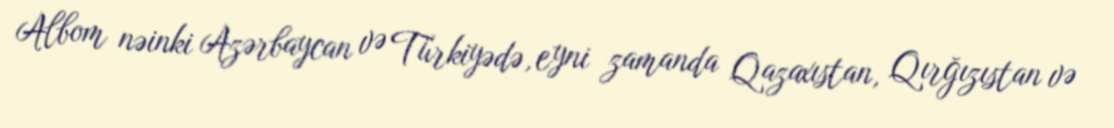
Albom nəinki Azərbaycan və Türkiyədə, eyni zamanda Qazaxıstan, Qırğızıstan və